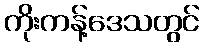
ကိုးကန့်ဒေသတွင်